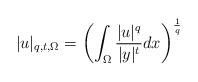
LaTeX: \begin{align*} |u|_{q,t,\Omega} = \left( \int_{\Omega}\frac{|u|^q}{|y|^t} dx \right )^{\frac{1}{q}}\end{align*}